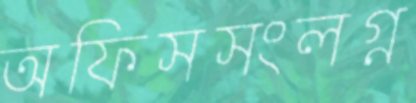
অফিসসংলগ্ন